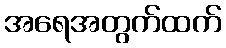
အရေအတွက်ထက်